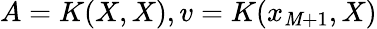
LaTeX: A=K(X,X),v=K(x_{\mathit{M}+1},X)